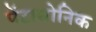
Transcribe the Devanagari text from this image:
पेंटाथोनिक